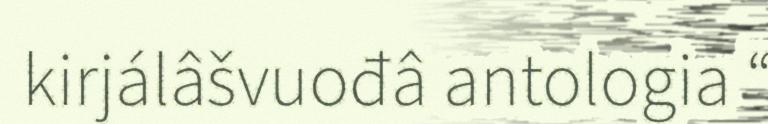
kirjálâšvuođâ antologia “